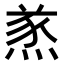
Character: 𤋌